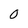
Character: 0